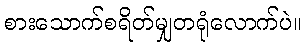
စားသောက်စရိတ်မျှတရုံလောက်ပဲ။